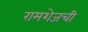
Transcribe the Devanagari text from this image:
रामशेजची